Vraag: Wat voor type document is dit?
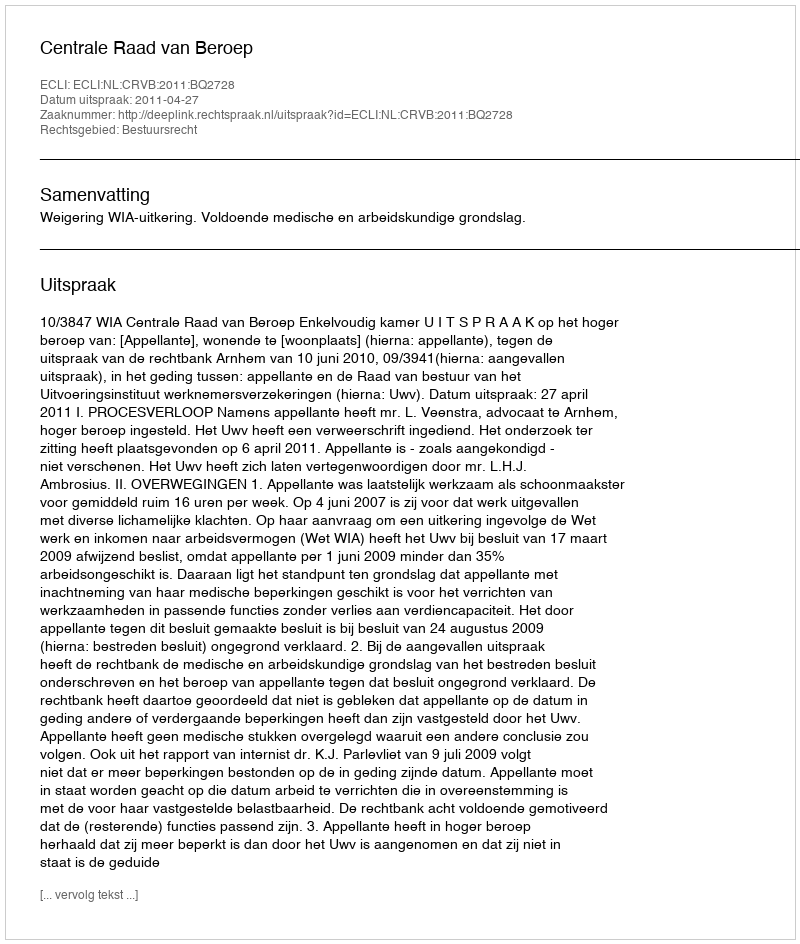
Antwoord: Uitspraak